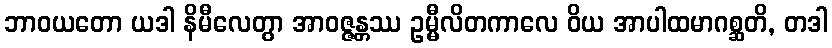
ဘာဝယတော ယဒါ နိမီလေတွာ အာဝဇ္ဇန္တဿ ဥမ္မီလိတကာလေ ဝိယ အာပါထမာဂစ္ဆတိ, တဒါ